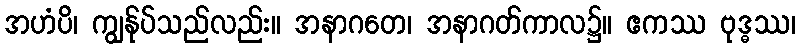
အဟံပိ၊ ကျွန်ုပ်သည်လည်း။ အနာဂတေ၊ အနာဂတ်ကာလ၌။ ဧကဿ ဗုဒ္ဓဿ၊